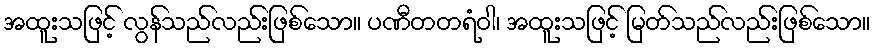
အထူးသဖြင့် လွန်သည်လည်းဖြစ်သော။ ပဏီတတရံဝါ၊ အထူးသဖြင့် မြတ်သည်လည်းဖြစ်သော။